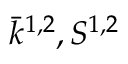
\bar { k } ^ { 1 , 2 } , S ^ { 1 , 2 }